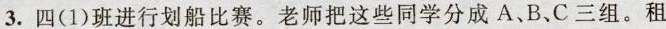
3.四(1)班进行划船比赛。老师把这些同学分成A、B、C三组。租